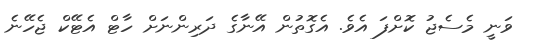
ވަނީ މެސެޖު ކޮށްފަ އެވެ. އެގޮތުން އޭނާގެ ދަރިންނަށް ހާޓް އެޓޭކް ޖެހޭނެ